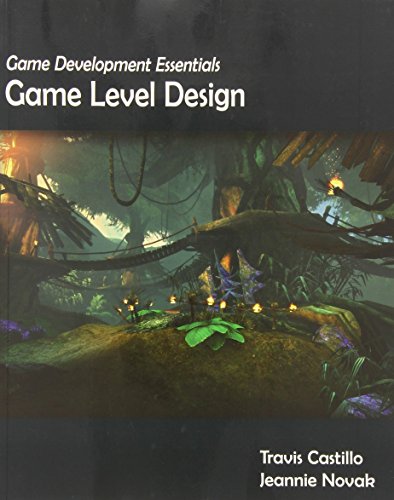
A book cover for Game Development Essentials: Game Level Design; Jeannie Novak; Computers & Technology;